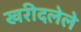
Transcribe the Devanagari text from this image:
खरीदलेले